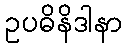
ဥပဓိနိဒါနာ